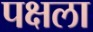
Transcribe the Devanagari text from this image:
पक्षला